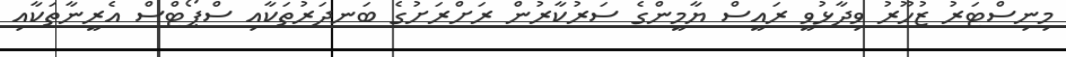
މިނިސްޓަރު ޒުހޫރު ވިދާޅުވީ ރައީސް ޔާމީންގެ ސަރުކާރުން ރަށްރަށުގެ ބަނދަރުތަކާއި ސްޕޯޓްސް އެރީނާތަކާއި